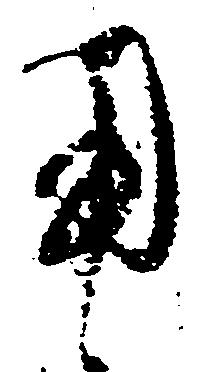
用